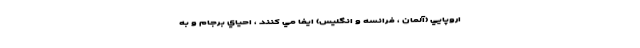
اروپايي (آلمان ، فرانسه و انگليس) ايفا مي كنند ، احياي برجام و به